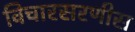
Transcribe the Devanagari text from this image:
विचारसरणीस